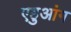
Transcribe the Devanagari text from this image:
एहुआंग